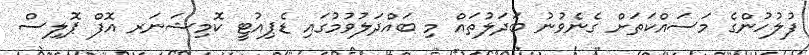
ފުލުހުންގެ މަސައްކަތަށް ގެނެވުނު ބަދަލުތައް މި ބައްދަލުވުމުގައި ޑެޕިއުޓީ ކޮމިޝަނަރ އޮފް ޕޮލިސް